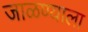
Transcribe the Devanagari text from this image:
जाळण्याला